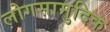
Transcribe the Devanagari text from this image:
लोगसामुदिक